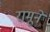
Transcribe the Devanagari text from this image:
रामूने